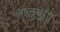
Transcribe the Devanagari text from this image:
तालुबुग़ा